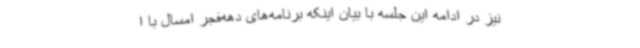
نیز در ادامه این جلسه با بیان اینکه برنامه‌های دهه‌فجر امسال با ا